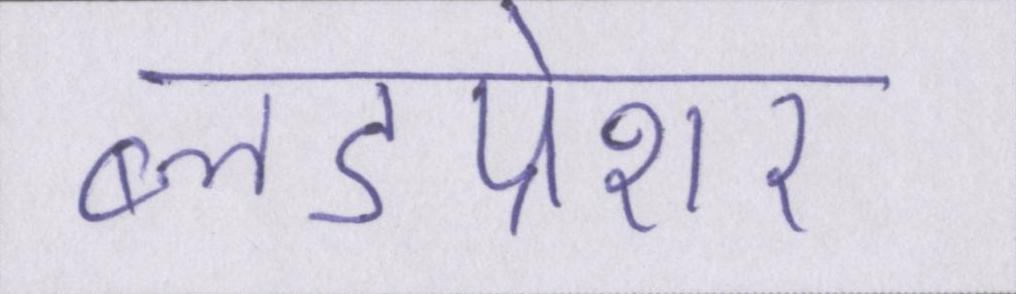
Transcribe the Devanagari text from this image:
ब्लडप्रेशर